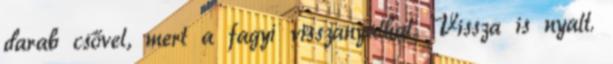
darab csővel, mert a fagyi visszanyalhat. Vissza is nyalt.